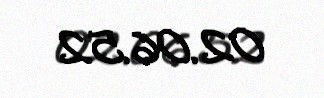
02.06.52